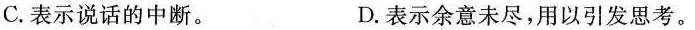
C.表示说话的中断。 D.表示余意未尽，用以引发思考。